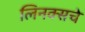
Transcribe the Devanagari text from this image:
लिनक्सचे